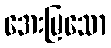
အေးမြသော